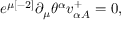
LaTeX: e ^ { \mu { [ - 2 ] } } \partial _ { \mu } \theta ^ { \alpha } v _ { \alpha { A } } ^ { { + } } = 0 ,